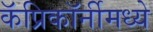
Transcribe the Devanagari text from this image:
कॅप्रिकॉर्नीमध्ये